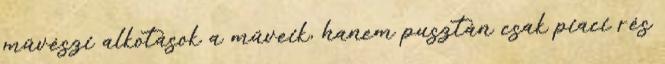
művészi alkotások a műveik, hanem pusztán csak piaci rés